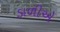
ડાળીએ